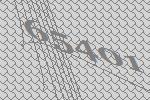
65401